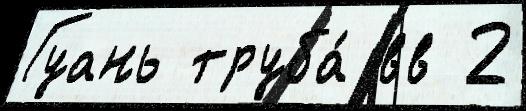
Гуань труба́ вв 2